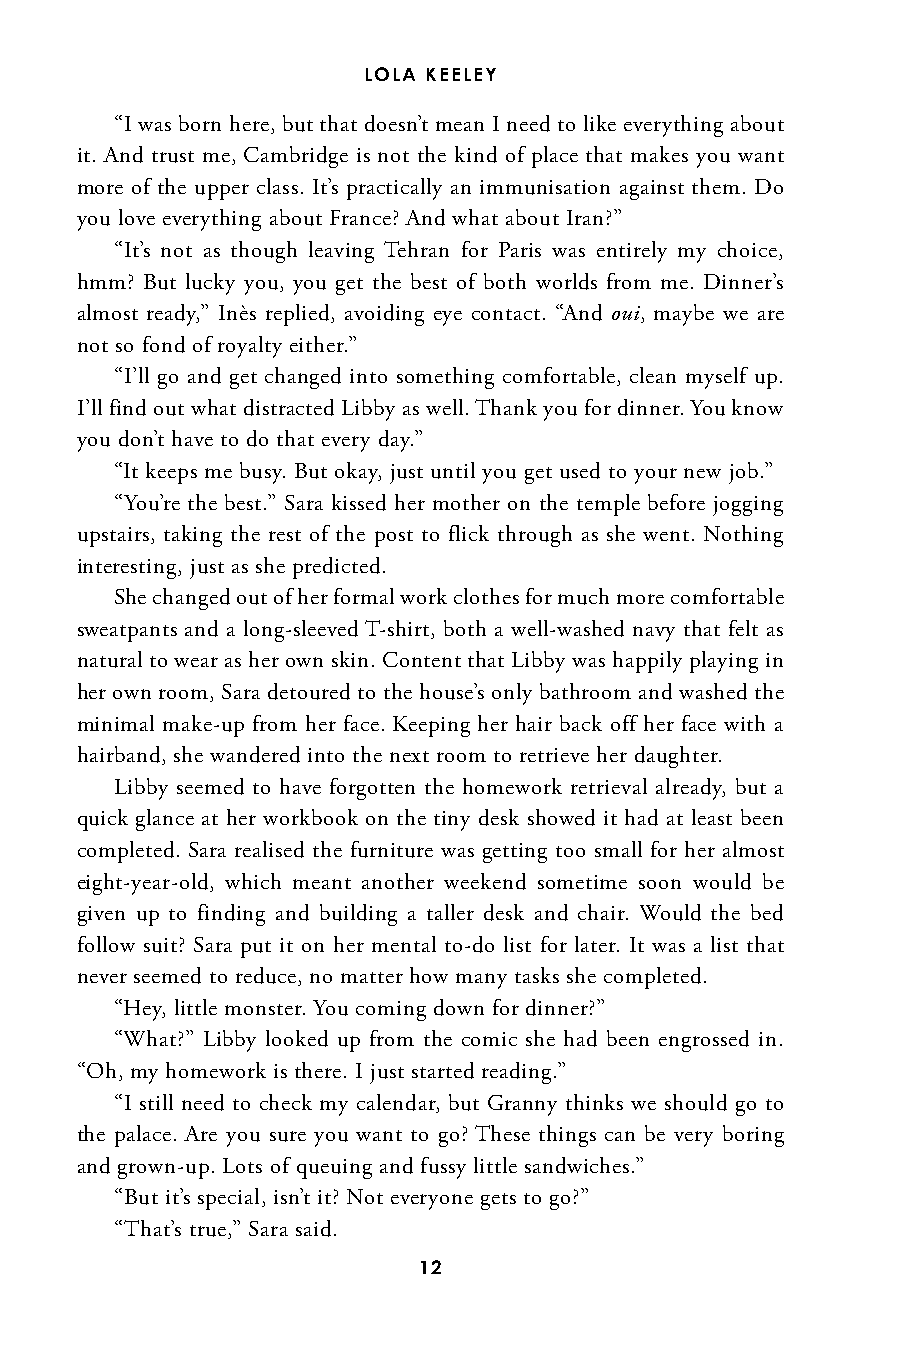
LOLA KEELEY
 “I was born here, but that doesn’t mean I need to like everything about
 it. And trust me, Cambridge is not the kind of place that makes you want
 more of the upper class. It’s practically an immunisation against them. Do
 you love everything about France? And what about Iran?”
 “It’s not as though leaving Tehran for Paris was entirely my choice,
 hmm? But lucky you, you get the best of both worlds from me. Dinner’s
 almost ready,” Inès replied, avoiding eye contact. “And oui, maybe we are
 not so fond of royalty either.”
 “I’ll go and get changed into something comfortable, clean myself up.
 I’ll find out what distracted Libby as well. Thank you for dinner. You know
 you don’t have to do that every day.”
 “It keeps me busy. But okay, just until you get used to your new job.”
 “You’re the best.” Sara kissed her mother on the temple before jogging
 upstairs, taking the rest of the post to flick through as she went. Nothing
 interesting, just as she predicted.
 She changed out of her formal work clothes for much more comfortable
 sweatpants and a long-sleeved T-shirt, both a well-washed navy that felt as
 natural to wear as her own skin. Content that Libby was happily playing in
 her own room, Sara detoured to the house’s only bathroom and washed the
 minimal make-up from her face. Keeping her hair back off her face with a
 hairband, she wandered into the next room to retrieve her daughter.
 Libby seemed to have forgotten the homework retrieval already, but a
 quick glance at her workbook on the tiny desk showed it had at least been
 completed. Sara realised the furniture was getting too small for her almost
 eight-year-old, which meant another weekend sometime soon would be
 given up to finding and building a taller desk and chair. Would the bed
 follow suit? Sara put it on her mental to-do list for later. It was a list that
 never seemed to reduce, no matter how many tasks she completed.
 “Hey, little monster. You coming down for dinner?”
 “What?” Libby looked up from the comic she had been engrossed in.
 “Oh, my homework is there. I just started reading.”
 “I still need to check my calendar, but Granny thinks we should go to
 the palace. Are you sure you want to go? These things can be very boring
 and grown-up. Lots of queuing and fussy little sandwiches.”
 “But it’s special, isn’t it? Not everyone gets to go?”
 “That’s true,” Sara said.
 12